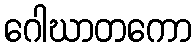
ဂေါဃာတကော